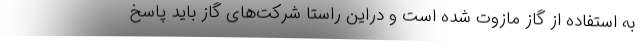
به استفاده از گاز مازوت شده است و دراین راستا شرکت‌های گاز باید پاسخ